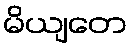
မိယျတေ